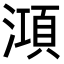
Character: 澒